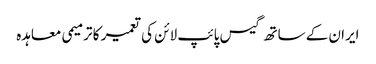
ایران کے ساتھ گیس پائپ لائن کی تعمیر کا ترمیمی معاہدہ